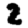
Digit: 2